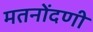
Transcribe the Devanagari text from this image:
मतनोंदणी